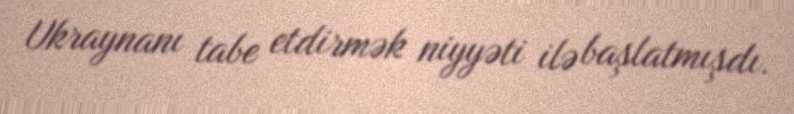
Ukraynanı tabe etdirmək niyyəti ilə başlatmışdı.